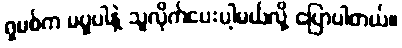
ရှမစ်က မပူပါနဲ့ သူလိုက်ပေးပါ့မယ်လို့ ပြောပါတယ်။